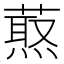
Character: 𦼈